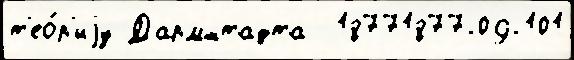
т'ео́р'иjу Дармштадта  18771877-09-101